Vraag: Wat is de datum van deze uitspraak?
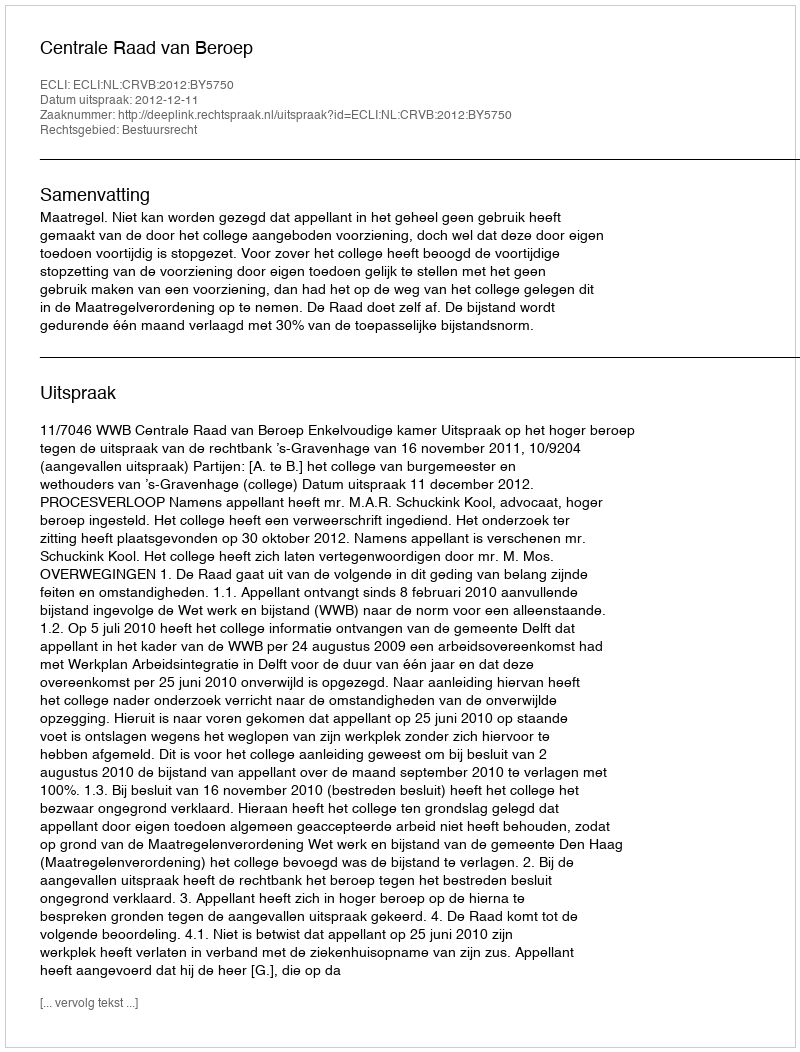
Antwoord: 2012-12-11